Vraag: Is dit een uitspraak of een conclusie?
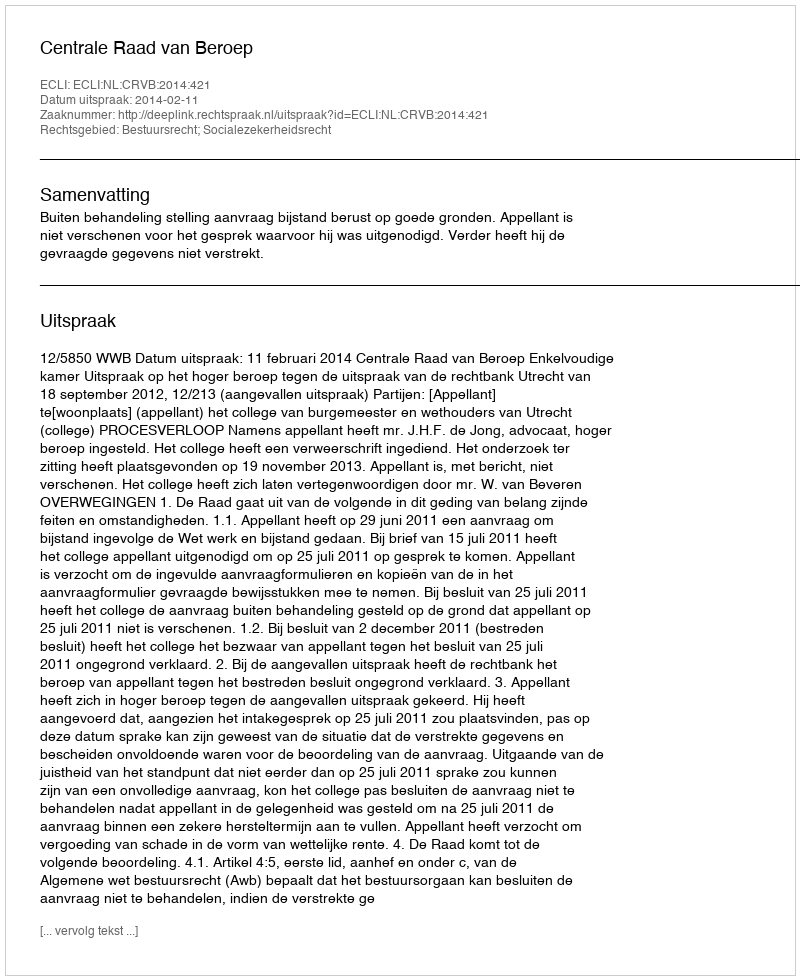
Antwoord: Uitspraak